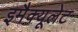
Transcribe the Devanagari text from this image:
इमैक्यूलेट